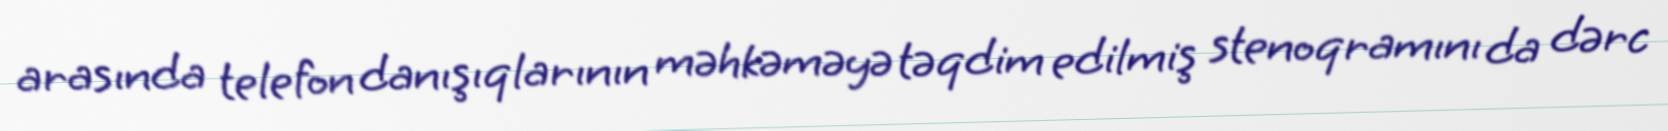
arasında telefon danışıqlarının məhkəməyə təqdim edilmiş stenoqramını da dərc